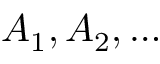
A _ { 1 } , A _ { 2 } , \ldots